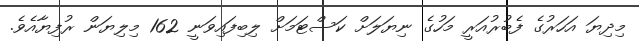
މިދިޔަ އަހަރުގެ ފެބުރުއަރީ މަހުގެ ނިޔަލަށް ކަސްޓަމަށް ލިބިފައިވަނީ 162 މިލިޔަން ރުފިޔާއެވެ.